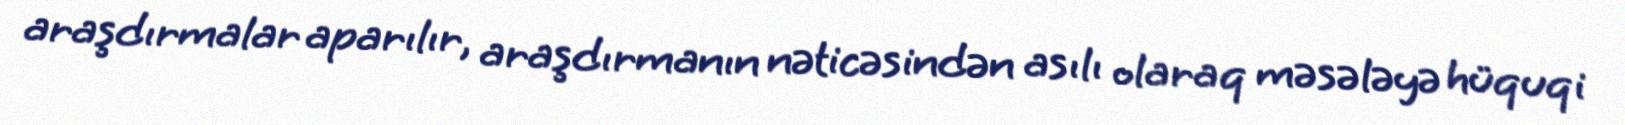
araşdırmalar aparılır, araşdırmanın nəticəsindən asılı olaraq məsələyə hüquqi